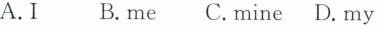
A.I B.me C.mine D.my